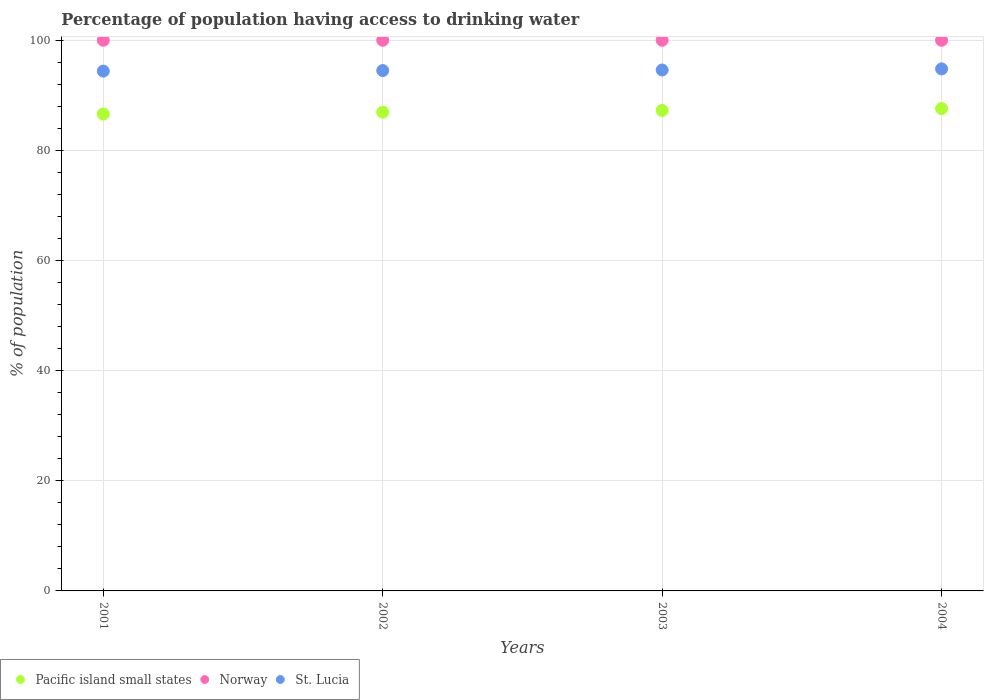
| Years | Pacific island small states | Norway | St. Lucia |
 | --- | --- | --- | --- |
 | 2001 | 86.6 | 100 | 94.4 |
 | 2002 | 86.9 | 100 | 94.5 |
 | 2003 | 87.3 | 100 | 94.6 |
 | 2004 | 87.6 | 100 | 94.8 |